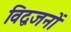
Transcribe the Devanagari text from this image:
विद्वजनों